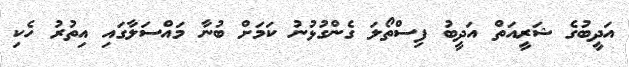
އަދީބުގެ ޝަރީއަތް އަދީބު ފިސްތޯލަ ގެންގުޅުނު ކަމަށް ބުނާ މައްސަލާގައި އިތުރު ހެކި